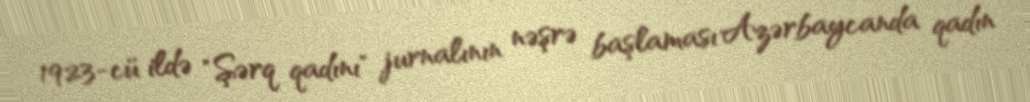
1923-cü ildə "Şərq qadını" jurnalının nəşrə başlaması Azərbaycanda qadın